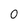
Character: 0